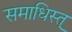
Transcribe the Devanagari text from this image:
समाधिस्त्